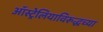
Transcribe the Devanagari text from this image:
ऑस्ट्रेलियाविरूद्धच्या